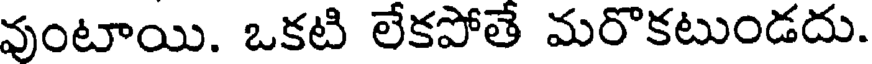
వుంటాయి. ఒకటి లేకపోతే మరొకటుండదు.